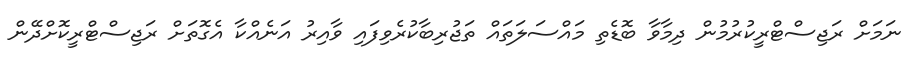
ނަމަށް ރަޖިސްޓްރީކުރުމުން ދިމާވާ ބޮޑެތި މައްސަލަތައް ތަޖުރިބާކުރެވިފައި ވާއިރު އަނެއްކާ އެގޮތަށް ރަޖިސްޓްރީކޮށްދޭން